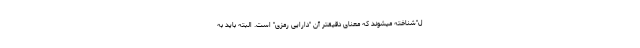
ل"شناخته میشوند که معنای دقیقتر آن "دارایی رمزی" است. البته باید به